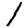
Digit: 1